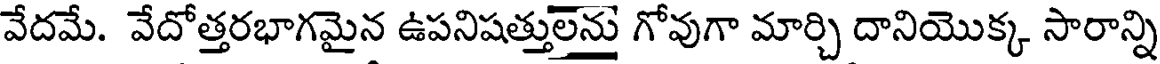
వేదమే. వేదోత్తరభాగమైన ఉపనిషత్తులను గోవుగా మార్చి దానియొక్క సారాన్ని